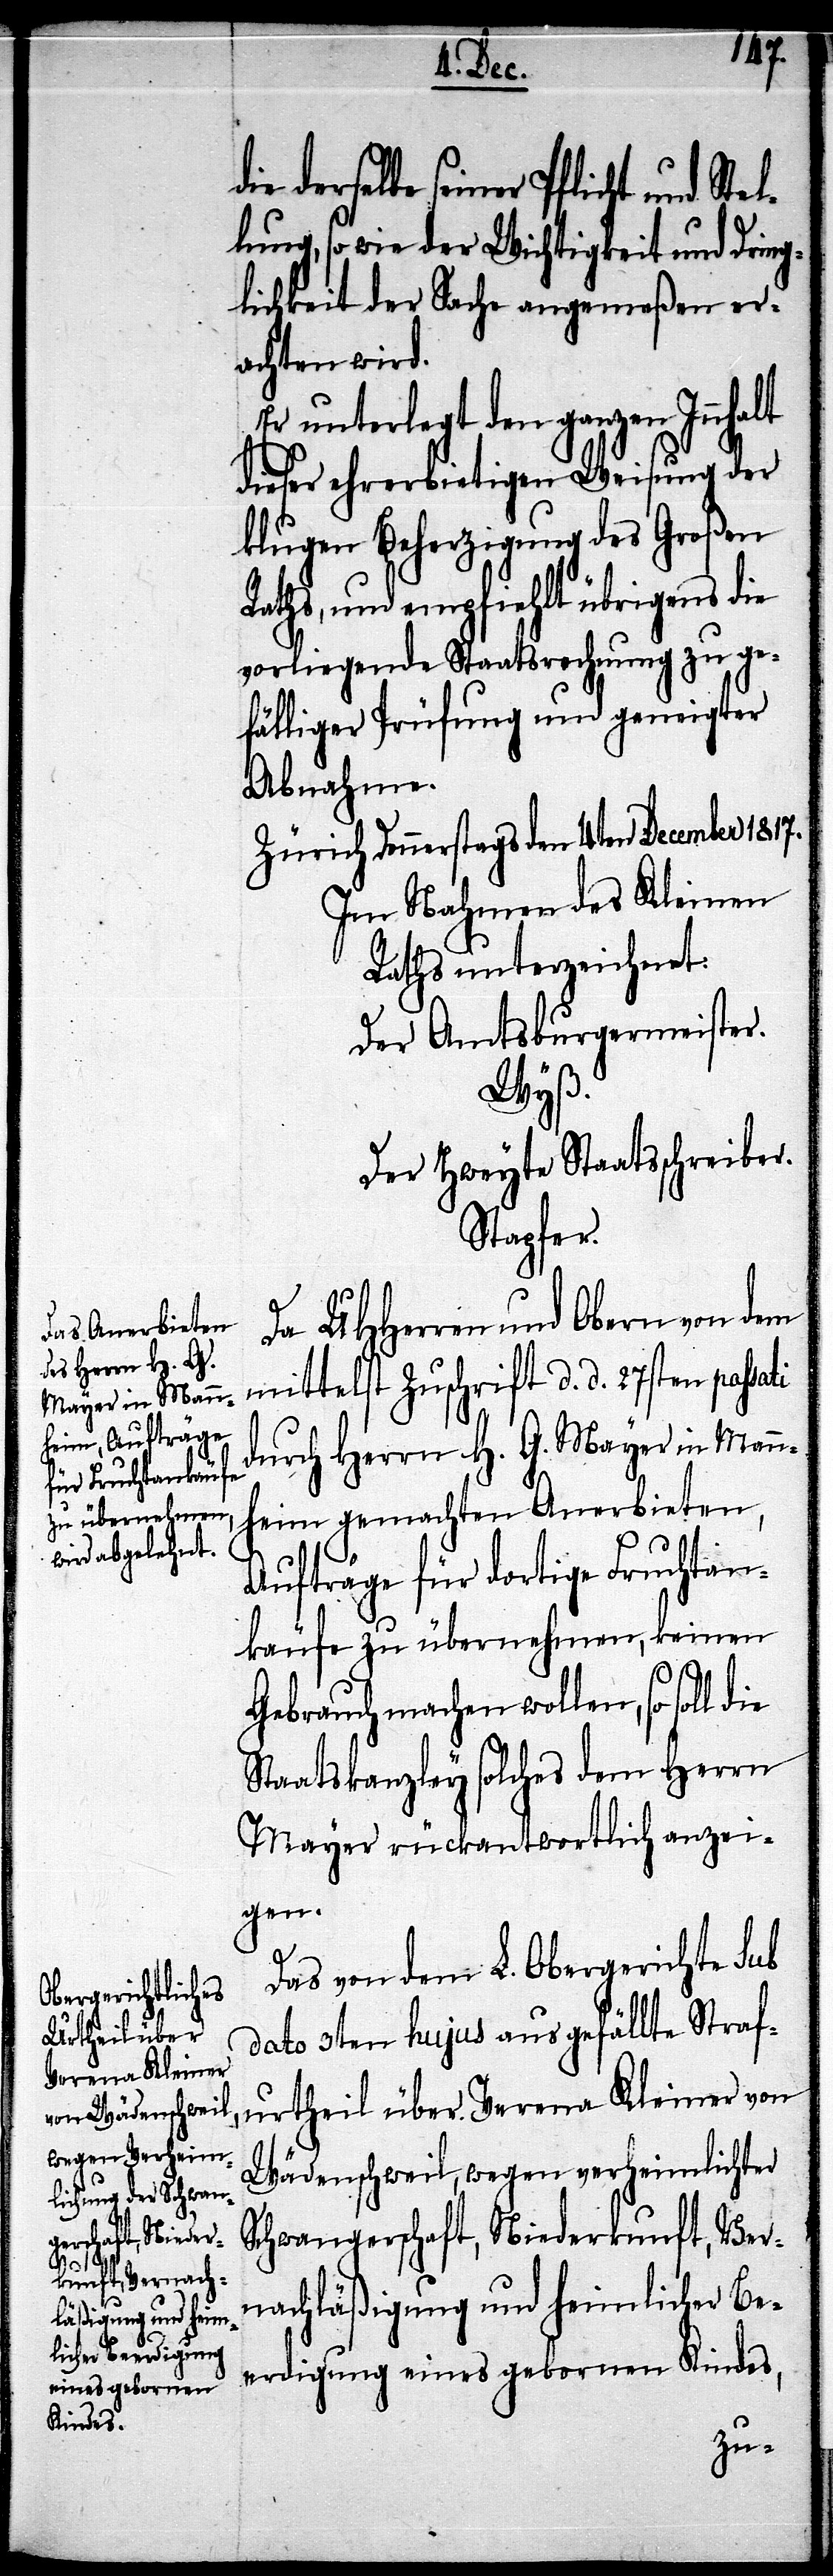
die derselbe seiner Pflicht und Stel¬
lung, so wie der Wichtigkeit und Dring¬
lichkeit der Sache angemeßen er¬
achten wird.
Er unterlegt den ganzen Innhalt
dieser ehrerbietigen Weisung der
klugen Beherzigung des Großen
Raths, und empfiehlt übrigens die
vorliegende Staatsrechnung zu ge¬
fälliger Prüfung und geneigter
Abnahme.
Zürich Donnerstags den 4ten December 1817.
Im Nahmen des Kleinen
Raths unterzeichnet:
Der Amtsbürgermeister.
Wyß.
Der Zweyte Staatsschreiber.
Stapfer.
Da UHHerren und Obern von dem
mittelst Zuschrift d. d. 27sten passati
durch Herrn H. G. Mayer in Mann¬
heim gemachten Anerbieten,
Aufträge für dortige Fruchtan¬
käufe zu übernehmen, keinen
Gebrauch machen wollen, so soll
Staatskanzley solches dem Herrn
Mayer rückantwortlich anzei¬
gen.
Das von dem L. Obergerichte sub
dato 3ten hujus ausgefällte Straf¬
urtheil über Verena Kleiner von
Wädenschweil, wegen verheimlichter
Schwangerschaft, Niederkunft, Ver¬
nachläßigung und heimlicher Be¬
erdigung eines gebornen Kindes,